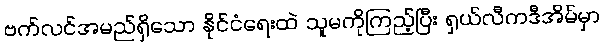
ဗက်လင်အမည်ရှိသော နိုင်ငံရေးထဲ သူမကိုကြည့်ပြီး ရှယ်လီကဒီအိမ်မှာ